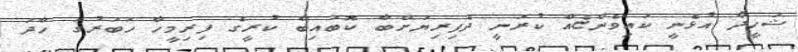
ޝަހީދާ އުޅެނީ ކައިވެންޏެއް ކުރަނީ ދެފިރިޔަށްބާ ކޮބައިބާ ކުރީގެ ފިރިމީހާ ހަބަރުގަ ހާދަ